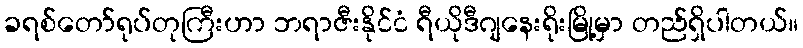
ခရစ်တော်ရုပ်တုကြီးဟာ ဘရာဇီးနိုင်ငံ ရီယိုဒီဂျနေးရိုးမြို့မှာ တည်ရှိပါတယ်။